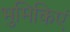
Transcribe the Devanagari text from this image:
भुमिकिएं